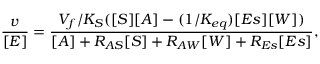
\frac { v } { [ E ] } = \frac { { V _ { f } } / { K _ { S } } ( [ S ] [ A ] - ( 1 / K _ { e q } ) [ E s ] [ W ] ) } { [ A ] + R _ { A S } [ S ] + R _ { A W } [ W ] + R _ { E s } [ E s ] } ,